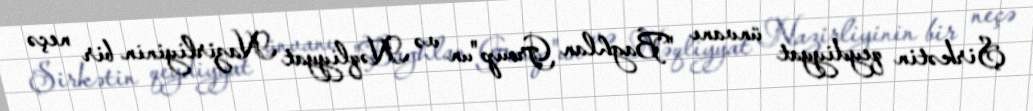
Şirkətin qeydiyyat ünvanı "Baghlan Group"un və Nəqliyyat Nazirliyinin bir neçə